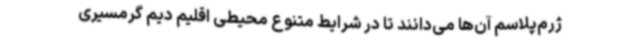
ژرم‌پلاسم آن‌ها می‌دانند تا در شرایط متنوع محیطی اقلیم دیم گرمسیری